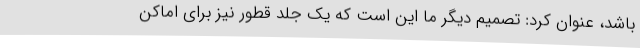
باشد، عنوان کرد: تصمیم دیگر ما این است که یک جلد قطور نیز برای اماکن